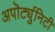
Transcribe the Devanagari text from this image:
अपॊर्ट्युनिटी